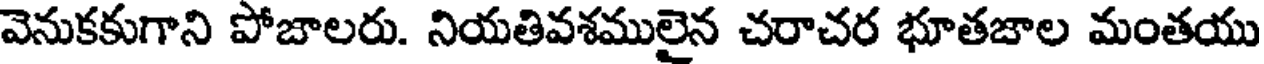
వెనుకకుగాని పోజాలరు. నియతివశములైన చరాచర భూతజాల మంతయు